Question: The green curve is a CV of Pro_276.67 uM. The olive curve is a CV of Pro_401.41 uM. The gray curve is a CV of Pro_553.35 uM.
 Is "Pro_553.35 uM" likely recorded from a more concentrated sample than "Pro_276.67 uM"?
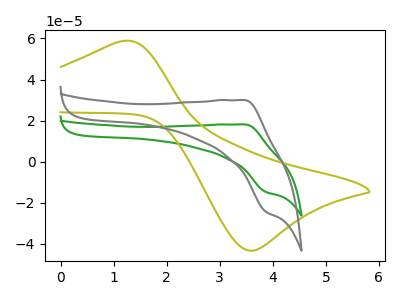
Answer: <think>The green curve "Pro_276.67 uM" has an anodic peak at (3.45V, 18.15uA) and a cathodic peak at (3.90V, -14.80uA). The olive curve "Pro_401.41 uM" has an anodic peak at (1.15V, 58.70uA) and a cathodic peak at (3.55V, -43.35uA). The gray curve "Pro_553.35 uM" has an anodic peak at (3.45V, 30.00uA) and a cathodic peak at (3.90V, -24.50uA).
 All the peaks in "Pro_553.35 uM" have a peak in "Pro_276.67 uM" at the same potential. Every peak in "Pro_553.35 uM" is higher than every peak in "Pro_276.67 uM".</think>
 <answer>"Pro_553.35 uM" has more signal than "Pro_276.67 uM".</answer>
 <eval>more_signal</eval>